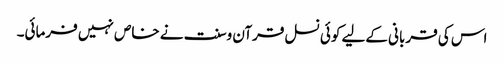
اس کی قربانی کےلیے کوئی نسل قرآن وسنت نے خاص نہیں فرمائی۔